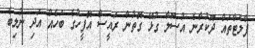
ފްލެޓްތައް ދޫކުރާނެ އުސޫލާ ގުޅޭ ގޮތުން ރައީސް އޮފީހުގެ ބަހެއް އަދި ނުލިބެ